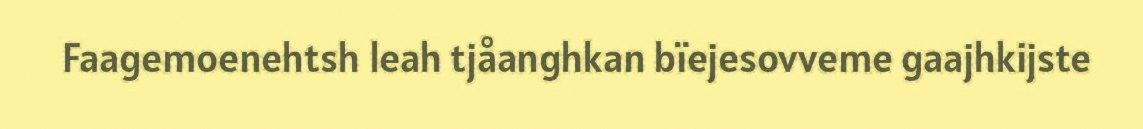
Faagemoenehtsh leah tjåanghkan bïejesovveme gaajhkijste